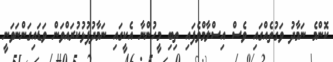
ކޮންމެ ނަމާދު ވަގުތެއްގައި ވެސް އިސްލާމްވެފައި ތިބި މީހުންނާ އެކީގައި ނަމާދުފުޅުކުރައްވަން ވަޑައިގަންނަވަނީ